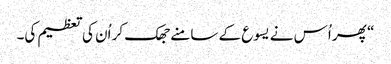
‏“‏ پھر اُس نے یسوع کے سامنے جھک کر اُن کی تعظیم کی۔